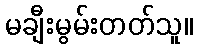
မချီးမွမ်းတတ်သူ။